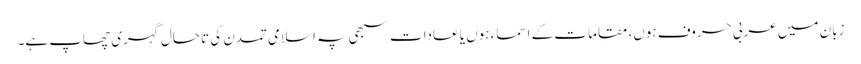
زبان میں عربی حروف ہوں، مقامات کے اسماء ہوں یا عادات سبھی پہ اسلامی تمدن کی تاحال گہری چھاپ ہے۔